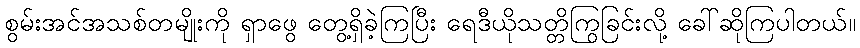
စွမ်းအင်အသစ်တမျိုးကို ရှာဖွေ တွေ့ရှိခဲ့ကြပြီး ရေဒီယိုသတ္တိကြွခြင်းလို့ ခေါ်ဆိုကြပါတယ်။